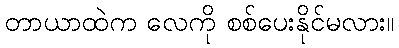
တာယာထဲက လေကို စစ်ပေးနိုင်မလား။